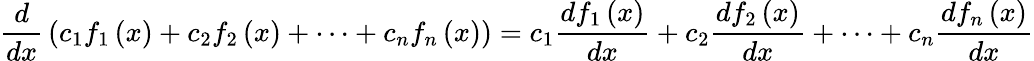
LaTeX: {\frac{d}{dx}}\left({{c}_{1}}{{f}_{1}}\left(x\right)+{{c}_{2}}{{f}_{2}}\left(x\right)+\cdots+{{c}_{n}}{{f}_{n}}\left(x\right)\right)={{c}_{1}}{\frac{d{{f}_{1}}\left(x\right)}{dx}}+{{c}_{2}}{\frac{d{{f}_{2}}\left(x\right)}{dx}}+\cdots+{{c}_{n}}{\frac{d{{f}_{n}}\left(x\right)}{dx}}